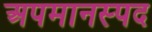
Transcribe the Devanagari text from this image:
अपमानस्पद